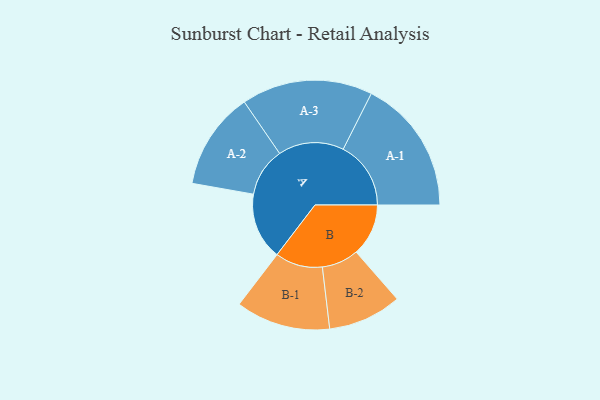
{"axis": {"x": "Segment", "y": "Value"}, "legend": ["", "A", "B"], "data": [{"x": "A", "y": 191, "type": ""}, {"x": "B", "y": 149, "type": ""}, {"x": "A-1", "y": 193, "type": "A"}, {"x": "A-2", "y": 139, "type": "A"}, {"x": "A-3", "y": 187, "type": "A"}, {"x": "B-1", "y": 135, "type": "B"}, {"x": "B-2", "y": 105, "type": "B"}]}